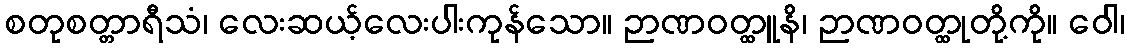
စတုစတ္တာရီသံ၊ လေးဆယ့်လေးပါးကုန်သော။ ဉာဏဝတ္ထူနိ၊ ဉာဏဝတ္ထုတို့ကို။ ဝေါ၊